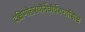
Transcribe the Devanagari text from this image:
दक्षिणोत्तरयोर्नघोर्वरणासिश्च